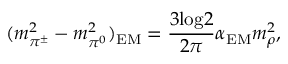
( m _ { \pi ^ { \pm } } ^ { 2 } - m _ { \pi ^ { 0 } } ^ { 2 } ) _ { \mathrm { E M } } = \frac { 3 \mathrm { l o g } 2 } { 2 \pi } \alpha _ { \mathrm { E M } } m _ { \rho } ^ { 2 } ,